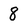
Character: 8